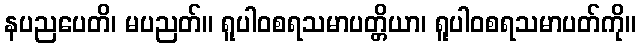
နပညပေတိ၊ မပညတ်။ ရူပါဝစရသမာပတ္တိယာ၊ ရူပါဝစရသမာပတ်ကို။